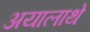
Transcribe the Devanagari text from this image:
अयालाथे